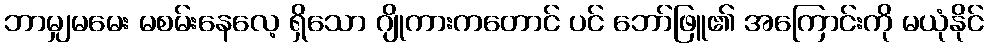
ဘာမျှမမေး မစမ်းနေလေ့ ရှိသော ဂျိုကားကတောင် ပင် ဘော်ဖြူ၏ အကြောင်းကို မယုံနိုင်